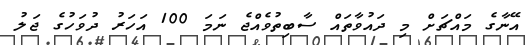
އޭނާގެ މައްޗަށް މި ދައުވާތައް ސާބިތުވެއްޖެ ނަމަ 100 އަހަރު ދުވަހުގެ ޖަލު